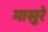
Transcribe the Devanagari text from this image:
मासुरे